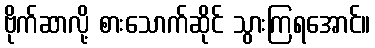
ဗိုက်ဆာလို့ စားသောက်ဆိုင် သွားကြရအောင်။